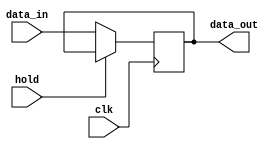
module hold_condition (
    input wire clk,         // Clock signal
    input wire hold,        // Control signal to hold the output
    input wire [7:0] data_in, // Data input signal (example width of 8 bits)
    output reg [7:0] data_out // Data output signal
);

    // Internal state to hold the last valid output value
    reg [7:0] last_valid_value;

    always @(posedge clk) begin
        if (hold) begin
            // If hold is asserted, retain the last valid output value
            data_out <= last_valid_value;
        end else begin
            // If hold is deasserted, update the output with data_in
            data_out <= data_in;
            // Store the new value as the last valid output
            last_valid_value <= data_in;
        end
    end

    // Initial block to set the initial state
    initial begin
        data_out = 8'b0; // Initialize output to 0
        last_valid_value = 8'b0; // Initialize last valid value to 0
    end

endmodule